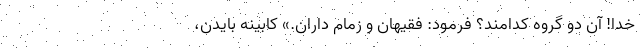
خدا! آن دو گروه كدامند؟ فرمود: فقيهان و زمام داران.» کابینه بایدن،